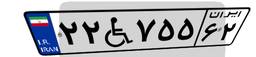
۸۶W۶۲۰۶۱